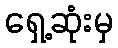
ရှေ့ဆုံးမှ